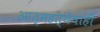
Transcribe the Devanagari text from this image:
आत्महत्येचाही